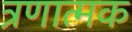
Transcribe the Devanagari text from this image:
त्रणात्मक